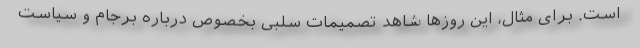
است. برای مثال، این روزها شاهد تصمیمات سلبی بخصوص درباره برجام و سیاست